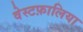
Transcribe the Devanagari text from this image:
वेस्टफ़ालिया